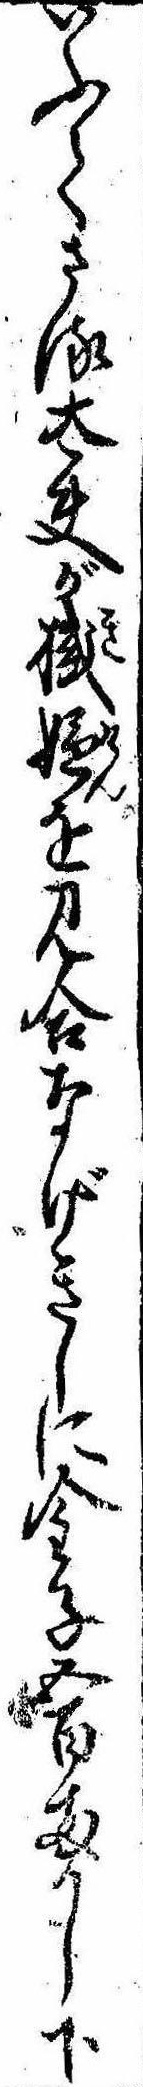
いふてさる太夫が機嫌を見合なげきしに金子五百両かし下